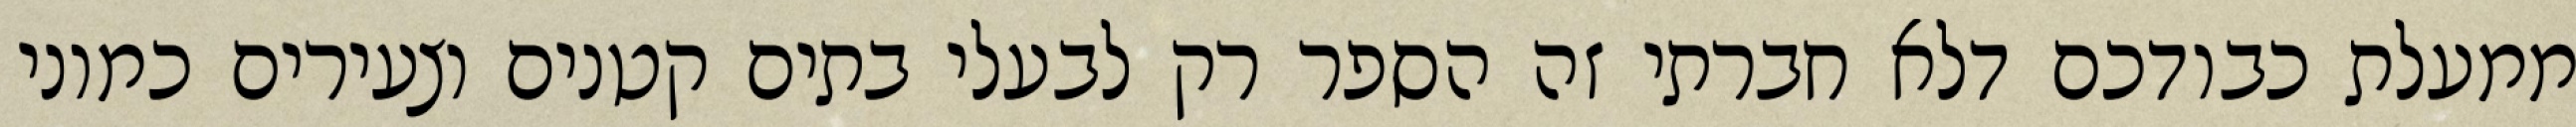
ממעלת כבודכם דלא חברתי זה הספר רק לבעלי בתים קטנים וצעירים כמוני